Indian journal of veterinary science and animal husbandry - Volume 11,
Year: 1941
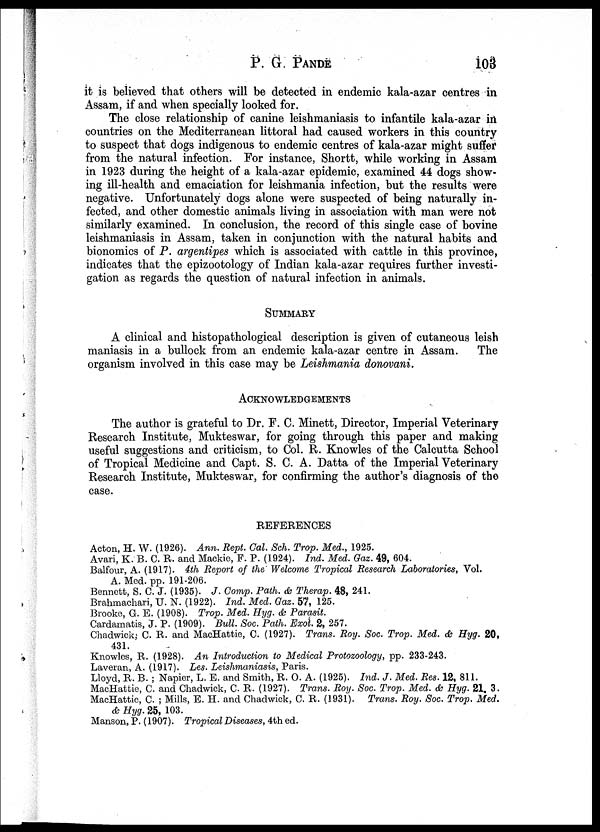
P. G.
PANDE
103
it is believed that others will be detected in endemic kala-azar centres in
Assam, if and when specially looked for.
The close relationship of canine leishmaniasis to infantile kala-azar in
countries on the Mediterranean littoral had caused workers in this country
to suspect that dogs indigenous to endemic centres of kala-azar might suffer
from the natural infection. For instance, Shortt, while working in Assam
in 1923 during the height of a kala-azar epidemic, examined 44 dogs show-
ing ill-health and emaciation for leishmania infection, but the results were
negative. Unfortunately dogs alone were suspected of being naturally in-
fected, and other domestic animals living in association with man were not
similarly examined. In conclusion, the record of this single case of bovine
leishmaniasis in Assam, taken in conjunction with the natural habits and
bionomics of P. argentipes which is associated with cattle in this province,
indicates that the epizootology of Indian kala-azar requires further investi-
gation as regards the question of natural infection in animals.
SUMMARY
A clinical and histopathological description is given of cutaneous leish
maniasis in a bullock from an endemic kala-azar centre in Assam.
The
organism involved in this case may be Leishmania donovani.
ACKNOWLEDGEMENTS
The author is grateful to Dr. F. C. Minett, Director, Imperial Veterinary
Research Institute, Mukteswar, for going through this paper and making
useful suggestions and criticism, to Col. R. Knowles of the Calcutta School
of Tropical Medicine and Capt. S. C. A. Datta of the Imperial Veterinary
Research Institute, Mukteswar, for confirming the author's diagnosis of the
case.
REFERENCES
Acton, H. W. (1926). Ann. Rept. Cal. Sch. Trop. Med., 1925.
Avari, K. B. C. R. and Mackie, F. P. (1924). Ind. Med. Gaz. 49, 604.
Balfour, A. (1917). 4th Report of the' Welcome Tropical Research Laboratories, Vol.
A. Med. pp. 191-206.
Bennett, S. C. J. (1935). J. Comp. Path. & Therap. 48, 241.
Brahmachari, U. N. (1922). Ind. Med. Gaz. 57, 125.
Brooke, G. E. (1908). Trop. Med. Hyg. & Parasit.
Cardamatis, J. P. (1909). Bull. Soc. Path. Exot. 2, 257.
Chadwick, C. R. and MacHattie, C. (1927). Trans. Roy. Soc. Trop. Med. & Hyg. 20,
431.
Knowles, R. (1928). An Introduction to Medical Protozoology, pp. 233-243.
Laveran, A. (1917). Les. Leishmaniasis, Paris.
Lloyd, R. B. ; Napier, L. E. and Smith, R. O. A. (1925). Ind. J. Med. Res. 12, 811.
MacHattie, C. and Chadwick, C. R. (1927). Trans. Roy. Soc. Trop. Med. & Hyg. 21. 3.
MacHattie, C. ; Mills, E. H. and Chadwick, C. R. (1931). Trans. Roy. Soc. Trop. Med.
& Hyg. 25, 103.
Manson, P. (1907). Tropical Diseases, 4th ed.